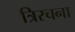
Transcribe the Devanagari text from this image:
त्रिरचना